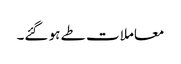
معاملات طے ہو گئے۔